Report of the Indian Hemp Drugs Commission, 1894-1895 - Volume I
Year: 1894
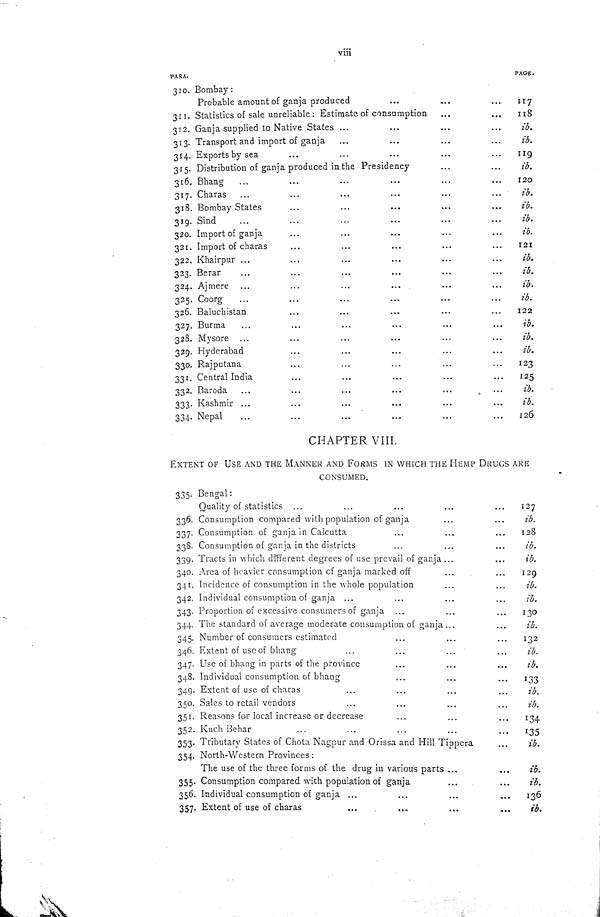
viii
PARA.
PAGE.
310. Bombay:
Probable amount of ganja produced
117
311. Statistics of sale unreliable: Estimate of consumption
118
312. Ganja supplied to Native States
ib.
313. Transport and import of ganja
ib.
314. Exports by sea
119
315. Distribution of ganja produced in the Presidency
ib.
316. Bhang
120
317. Charas
ib.
318. Bombay States
ib.
319. Sind
ib.
320. Import of ganja
ib.
321. Import of charas
121
322. Khairpur
ib.
323. Berar
ib.
324. Ajmere
ib.
325. Coorg
ib.
326. Baluchistan
122
327. Burma
ib.
328. Mysore
ib.
329. Hyderabad
ib.
330. Rajputana
123
331. Central India
125
332. Baroda
ib.
333. Kashmir
ib.
334. Nepal
126
CHAPTER VIII.
EXTENT OF USE AND THE MANNER AND FORMS IN WHICH THE HEMP DRUGS ARE
CONSUMED.
335. Bengal:
Quality of statistics
127
336. Consumption compared with population of ganja
ib.
337. Consumption of ganja in Calcutta
128
338. Consumption of ganja in the districts
ib.
339. Tracts in which different degrees of use prevail of ganja
ib.
340. Area of heavier consumption of ganja marked off
129
341. Incidence of consumption in the whole population
ib.
342. Individual consumption of ganja
ib.
343. Proportion of excessive consumers of ganja
130
344. The standard of average moderate consumption of ganja
ib.
345. Number of consumers estimated
132
346. Extent of use of bhang
ib.
347. Use of bhang in parts of the province
ib.
348. Individual consumption of bhang
133
349. Extent of use of charas
ib.
350. Sales to retail vendors
ib.
351. Reasons for local increase or decrease
134
352. Kuch Behar
135
353. Tributary States of Chota Nagpur and Orissa and Hill Tippera
ib.
354. North-Western Provinces:
The use of the three forms of the drug in various parts
ib.
355. Consumption compared with population of ganja
ib.
356. Individual consumption of ganja
136
357. Extent of use of charas
ib.